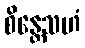
စိန္တေသဟံ